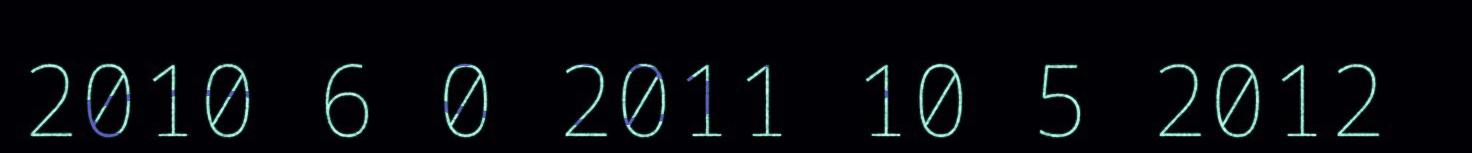
2010 6 0 2011 10 5 2012